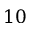
1 0